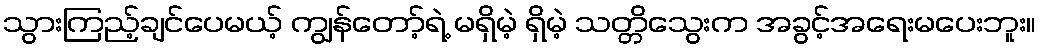
သွားကြည့်ချင်ပေမယ့် ကျွန်တော့်ရဲ့ မရှိမဲ့ ရှိမဲ့ သတ္တိသွေးက အခွင့်အရေးမပေးဘူး။